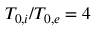
{ T _ { 0 , i } / T _ { 0 , e } = 4 }